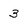
Character: 3